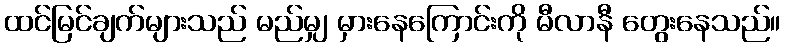
ထင်မြင်ချက်များသည် မည်မျှ မှားနေကြောင်းကို မီလာနီ တွေးနေသည်။